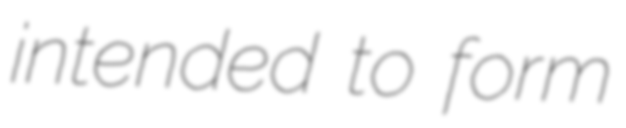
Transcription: intended to form